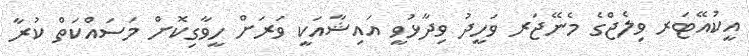
އީކުއޭޓަރ ވިލެޖްގެ މެނޭޖަރ ވަހީދު ވިދާޅުވީ އައިޝާއަކީ ވަރަށް ހީވާގިކޮށް މަސައްކަތް ކުރާ